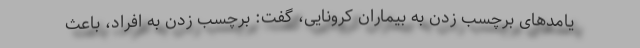
یامدهای برچسب زدن به بیماران کرونایی، گفت: برچسب زدن به افراد، باعث